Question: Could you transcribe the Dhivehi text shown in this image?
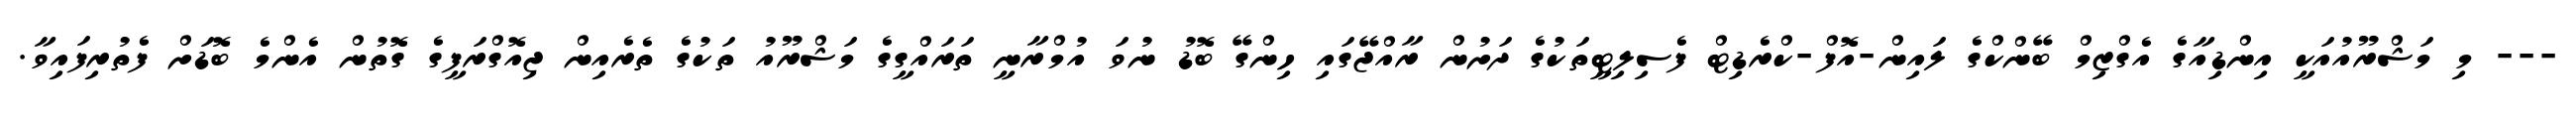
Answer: --- މި މަޝްރޫއުއަކީ އިންޑިއާގެ އެގްޒިމް ބޭންކްގެ ލައިން-އޮފް-ކްރެޑިޓް ފެސިލިޓީތަކުގެ ދަށުން ރާއްޖޭގައި ހިންގޭ ބޮޑު ނުވަ އުމްރާނީ ތަރައްގީގެ މަޝްރޫއު ތަކުގެ ތެރެއިން ޖިއޮގްރަފީގެ ގޮތުން އެންމެ ބޮޑަށް ފެތުރިފައިވާ.